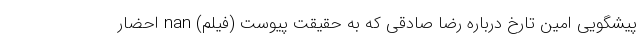
پیشگویی امین تارخ درباره رضا صادقی که به حقیقت پیوست (فیلم) nan احضار